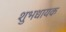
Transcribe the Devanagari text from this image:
शुभधायक